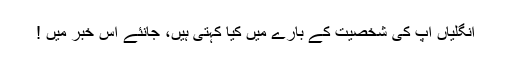
انگلیاں آپ کی شخصیت کے بارے میں کیا کہتی ہیں، جانئے اس خبر میں !